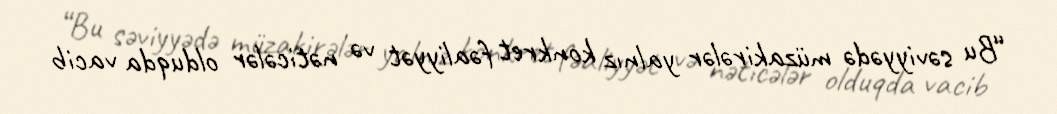
“Bu səviyyədə müzakirələr yalnız konkret fəaliyyət və nəticələr olduqda vacib